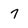
Character: 7